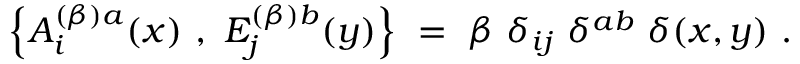
\left\{ A _ { i } ^ { ( \beta ) a } ( x ) ~ , ~ E _ { j } ^ { ( \beta ) b } ( y ) \right\} ~ = ~ \beta ~ \delta _ { i j } ~ \delta ^ { a b } ~ \delta ( x , y ) ~ .